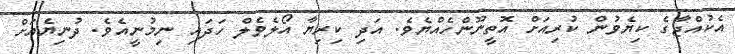
އެކުއްޖާގެ ކިޔެވުން ކުރިއަށް އޮތީނޫންހެއްޔެވެ. އަދި ކިރިޔާ އޯލެވެލް ހަދައި ނިމުނީއެވެ. ދުނިޔެއަށް